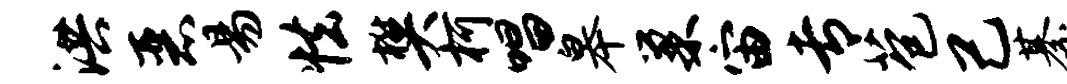
洪恶易怯樊柯唱皋巢宙专苞己綦